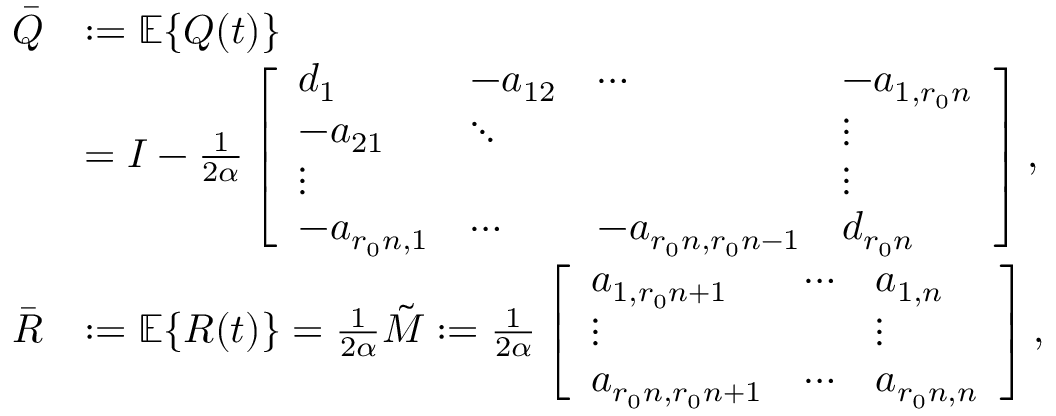
\begin{array} { r l } { \bar { Q } } & { : = \mathbb { E } \{ Q ( t ) \} } \\ & { = I - \frac { 1 } { 2 \alpha } \left[ \begin{array} { l l l l } { d _ { 1 } } & { - a _ { 1 2 } } & { \cdots } & { - a _ { 1 , r _ { 0 } n } } \\ { - a _ { 2 1 } } & { \ddots } & & { \vdots } \\ { \vdots } & & & { \vdots } \\ { - a _ { r _ { 0 } n , 1 } } & { \cdots } & { - a _ { r _ { 0 } n , r _ { 0 } n - 1 } } & { d _ { r _ { 0 } n } } \end{array} \right] , } \\ { \bar { R } } & { : = \mathbb { E } \{ R ( t ) \} = \frac { 1 } { 2 \alpha } \tilde { M } : = \frac { 1 } { 2 \alpha } \left[ \begin{array} { l l l } { a _ { 1 , r _ { 0 } n + 1 } } & { \cdots } & { a _ { 1 , n } } \\ { \vdots } & & { \vdots } \\ { a _ { r _ { 0 } n , r _ { 0 } n + 1 } } & { \cdots } & { a _ { r _ { 0 } n , n } } \end{array} \right] , } \end{array}